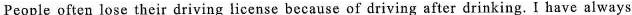
People often lose their driving license because of driving after drinking. I have always